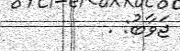
ޖަވާބު: .